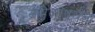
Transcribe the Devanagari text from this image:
समैलांपर्यंत